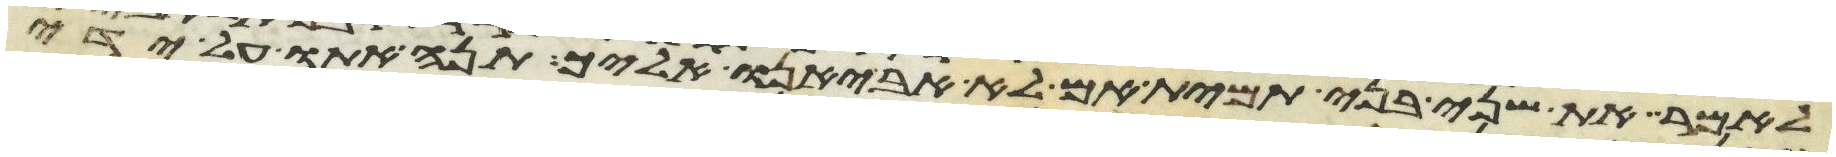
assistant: לאמר את שני בני תמית אם לא אביאנו אליך תנה אתו על ידי